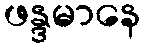
ဖန္ဒမာနေ